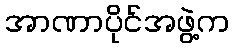
အာဏာပိုင်အဖွဲ့က